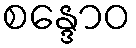
စန္ဒောဝ